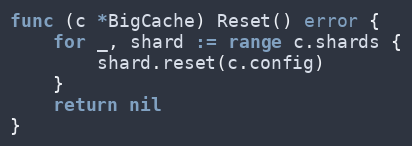
Language: Go
func (c *BigCache) Reset() error {
	for _, shard := range c.shards {
		shard.reset(c.config)
	}
	return nil
}